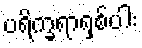
ပရိက္ခရာရှစ်ပါး